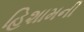
હિશામની